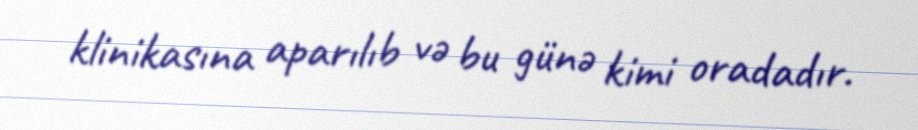
klinikasına aparılıb və bu günə kimi oradadır.